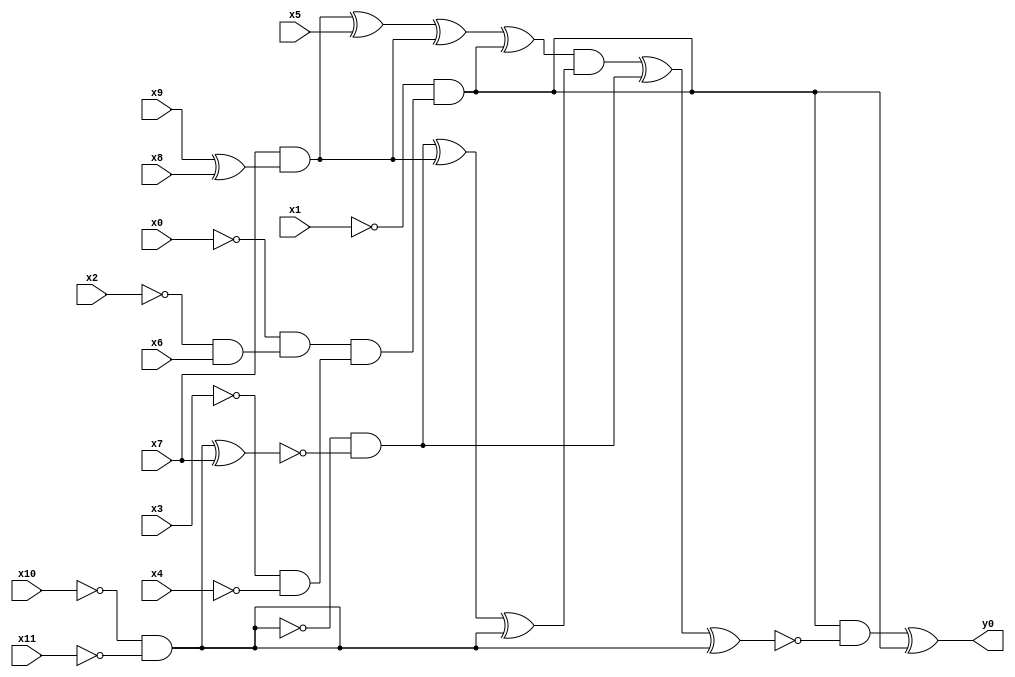
module top( x0 , x1 , x2 , x3 , x4 , x5 , x6 , x7 , x8 , x9 , x10 , x11 , y0 );
  input x0 , x1 , x2 , x3 , x4 , x5 , x6 , x7 , x8 , x9 , x10 , x11 ;
  output y0 ;
  wire n13 , n14 , n15 , n16 , n17 , n18 , n19 , n20 , n21 , n22 , n23 , n24 , n25 , n26 , n27 , n28 , n29 , n30 , n31 , n32 ;
  assign n13 = ~x2 & x6 ;
  assign n14 = ~x0 & n13 ;
  assign n15 = ~x3 & ~x4 ;
  assign n16 = n14 & n15 ;
  assign n17 = ~x1 & n16 ;
  assign n18 = x9 ^ x8 ;
  assign n19 = x7 & n18 ;
  assign n20 = n19 ^ x5 ;
  assign n21 = n20 ^ n19 ;
  assign n22 = n21 ^ n17 ;
  assign n23 = ~x10 & ~x11 ;
  assign n24 = n23 ^ x7 ;
  assign n25 = ~n23 & ~n24 ;
  assign n26 = n25 ^ n19 ;
  assign n27 = n26 ^ n23 ;
  assign n28 = n22 & n27 ;
  assign n29 = n28 ^ n25 ;
  assign n30 = n29 ^ n23 ;
  assign n31 = n17 & ~n30 ;
  assign n32 = n31 ^ n17 ;
  assign y0 = n32 ;
endmodule